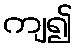
ကျ၍